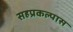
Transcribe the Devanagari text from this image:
सहप्रकल्पास